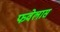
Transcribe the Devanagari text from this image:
फवेलास